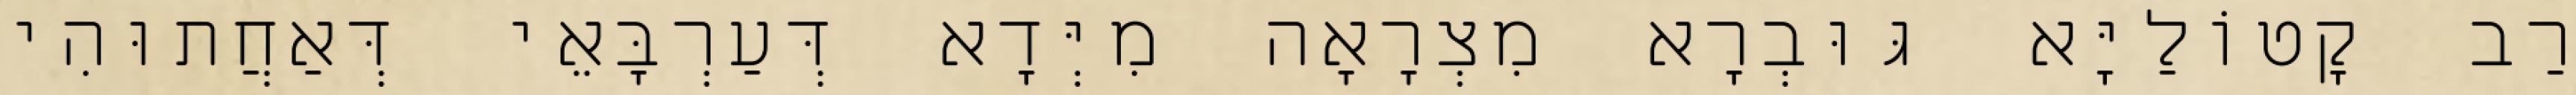
רַב קָטוֹלַיָּא גּוּבְרָא מִצְרָאָה מִיְּדָא דְּעַרְבָּאֵי דְּאַחֲתוּהִי